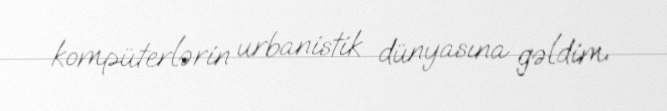
kompüterlərin urbanistik dünyasına gəldim.